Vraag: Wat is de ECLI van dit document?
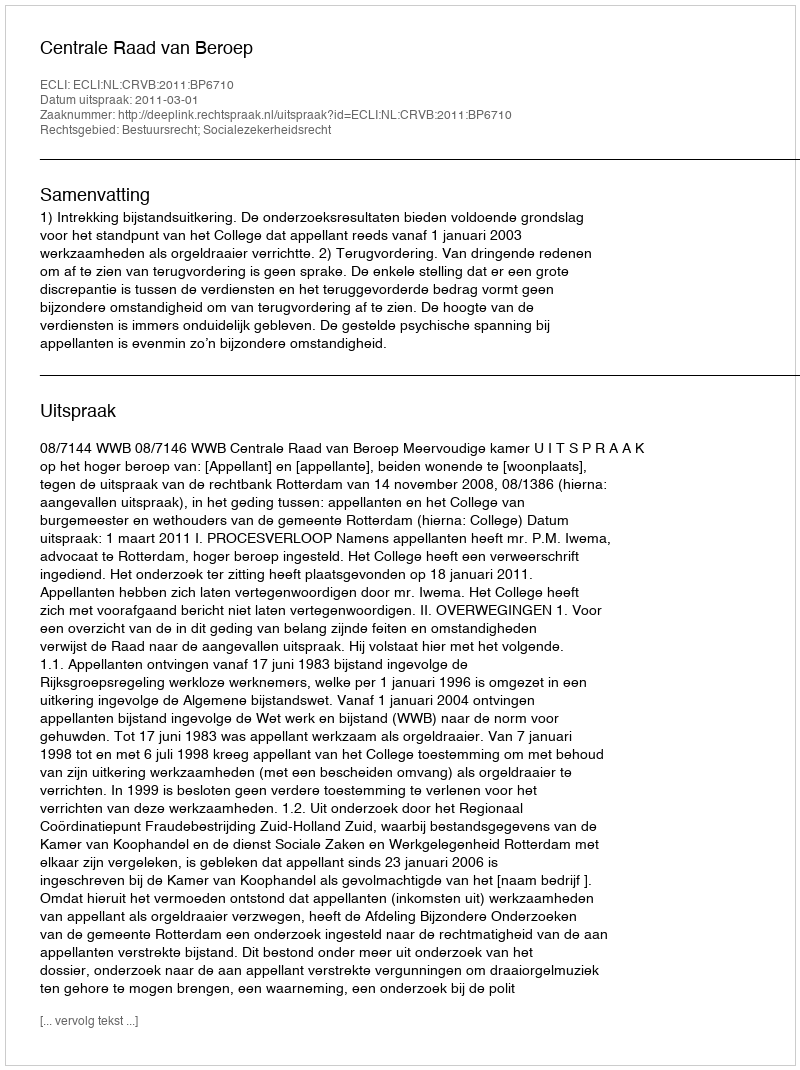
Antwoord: ECLI:NL:CRVB:2011:BP6710